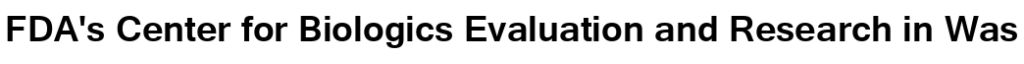
FDA's Center for Biologics Evaluation and Research in Was